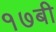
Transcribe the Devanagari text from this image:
१७बी